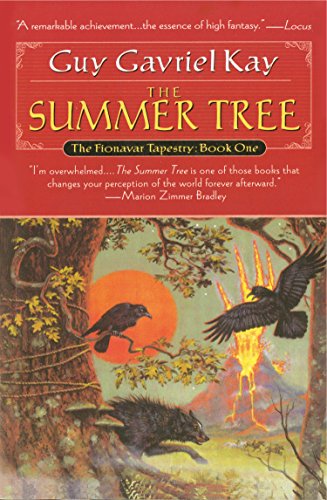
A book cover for Summer Tree, The: Book One of the Fionavar Tapestry; Guy Gavriel Kay; Science Fiction & Fantasy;